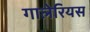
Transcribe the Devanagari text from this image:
गालेरियस